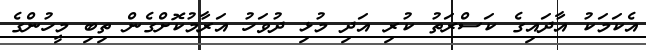
އެކަމަކު އާދައިގެ ކަސްރަތު ކުރި އަދި މުޅި ދުވަހު އަރާމުކޮށްގެން ތިބި މީހުންގެ